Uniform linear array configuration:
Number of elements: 16
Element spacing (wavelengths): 0.5
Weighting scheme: exponential
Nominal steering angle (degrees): -15
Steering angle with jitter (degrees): -15.309
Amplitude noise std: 0.05
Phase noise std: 0.05

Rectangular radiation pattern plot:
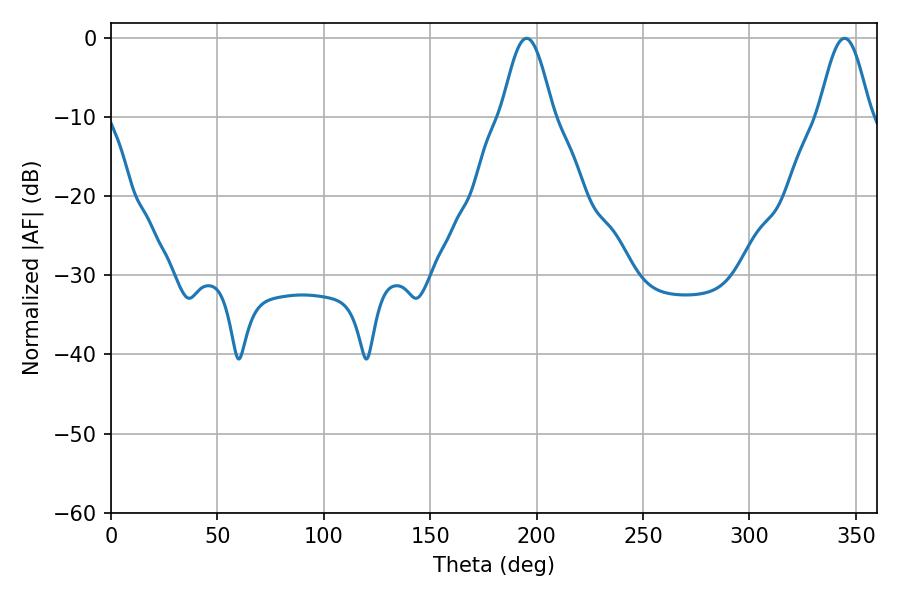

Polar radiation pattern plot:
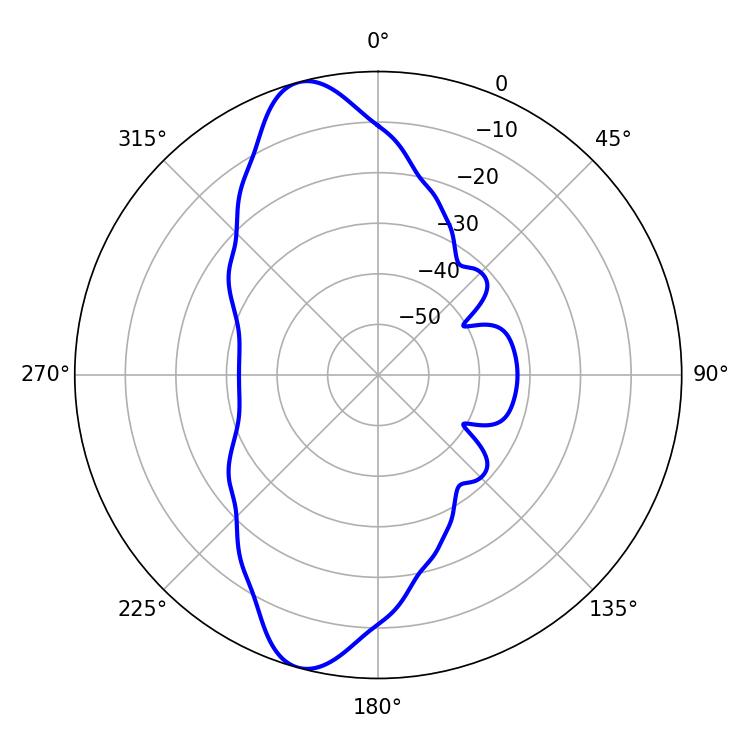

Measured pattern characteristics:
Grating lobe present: FALSE
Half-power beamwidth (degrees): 12.78
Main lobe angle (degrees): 195.3